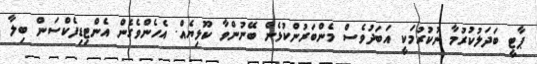
ޕާޓީ ބަދަލުކުރުމާ ނުކުރުމަކީ އަބަދުވެސް މެންބަރުންކުޅެން ބޭނުންވާ ކޫޅިޔެއް. އެހެންވެގެން އެންޓިޑިފެކްސަން ބިލާ